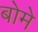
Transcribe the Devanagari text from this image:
बोमे